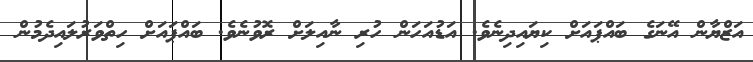
އަޒްޔާން އޭނަގެ ބައްޕައަށް ކިޔައިދިނެވެ. އަޑުއަހަން ހުރި ނާއިލަށް ރޮވުނެވެ. ބައްޕައަށް ހިތްވަރުލައިދެމުން